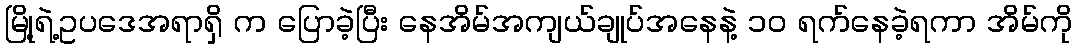
မြို့ရဲ့ဥပဒေအရာရှိ က ပြောခဲ့ပြီး နေအိမ်အကျယ်ချုပ်အနေနဲ့ ၁၀ ရက်နေခဲ့ရကာ အိမ်ကို